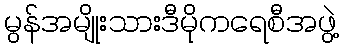
မွန်အမျိုးသားဒီမိုကရေစီအဖွဲ့